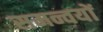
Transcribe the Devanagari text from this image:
समन्वयों